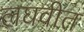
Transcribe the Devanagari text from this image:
लघवीत